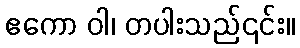
ဧကော ဝါ၊ တပါးသည်၎င်း။